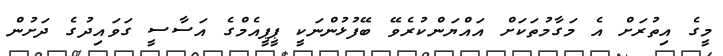
މީގެ އިތުރަށް އެ މަގާމުތަކަށް އައްޔަންކުރެވޭ ބޭފުޅުންނަކީ ޕީޕީއެމްގެ އަސާސީ ގަވައިދުގެ ދަށުން